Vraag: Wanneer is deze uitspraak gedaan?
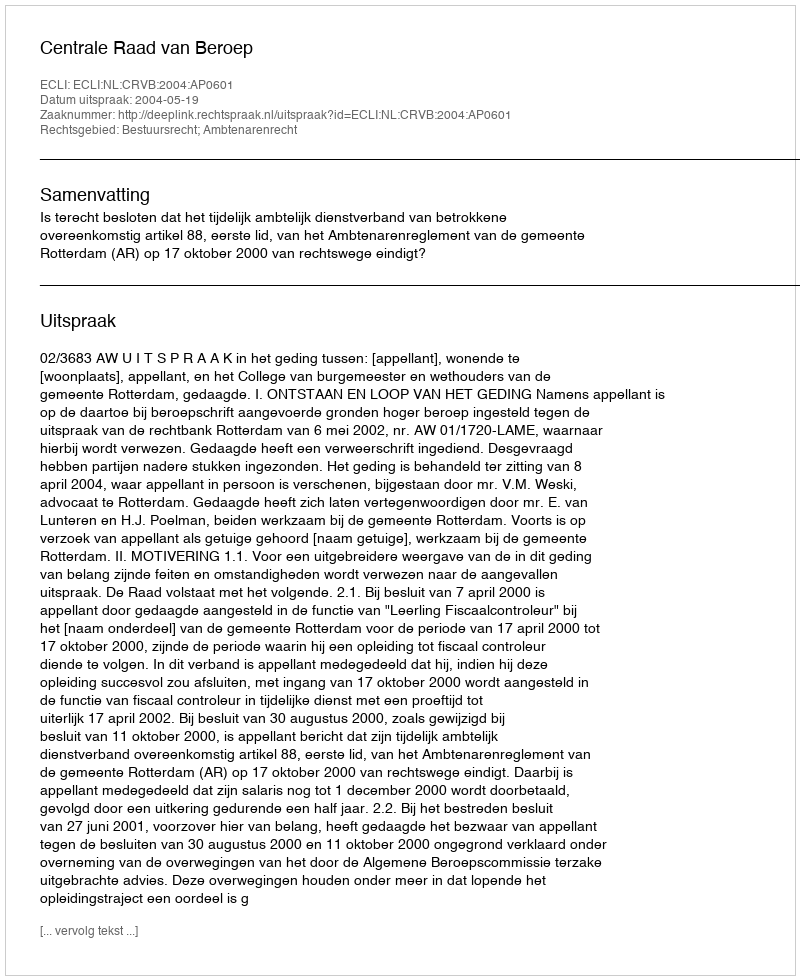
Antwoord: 2004-05-19